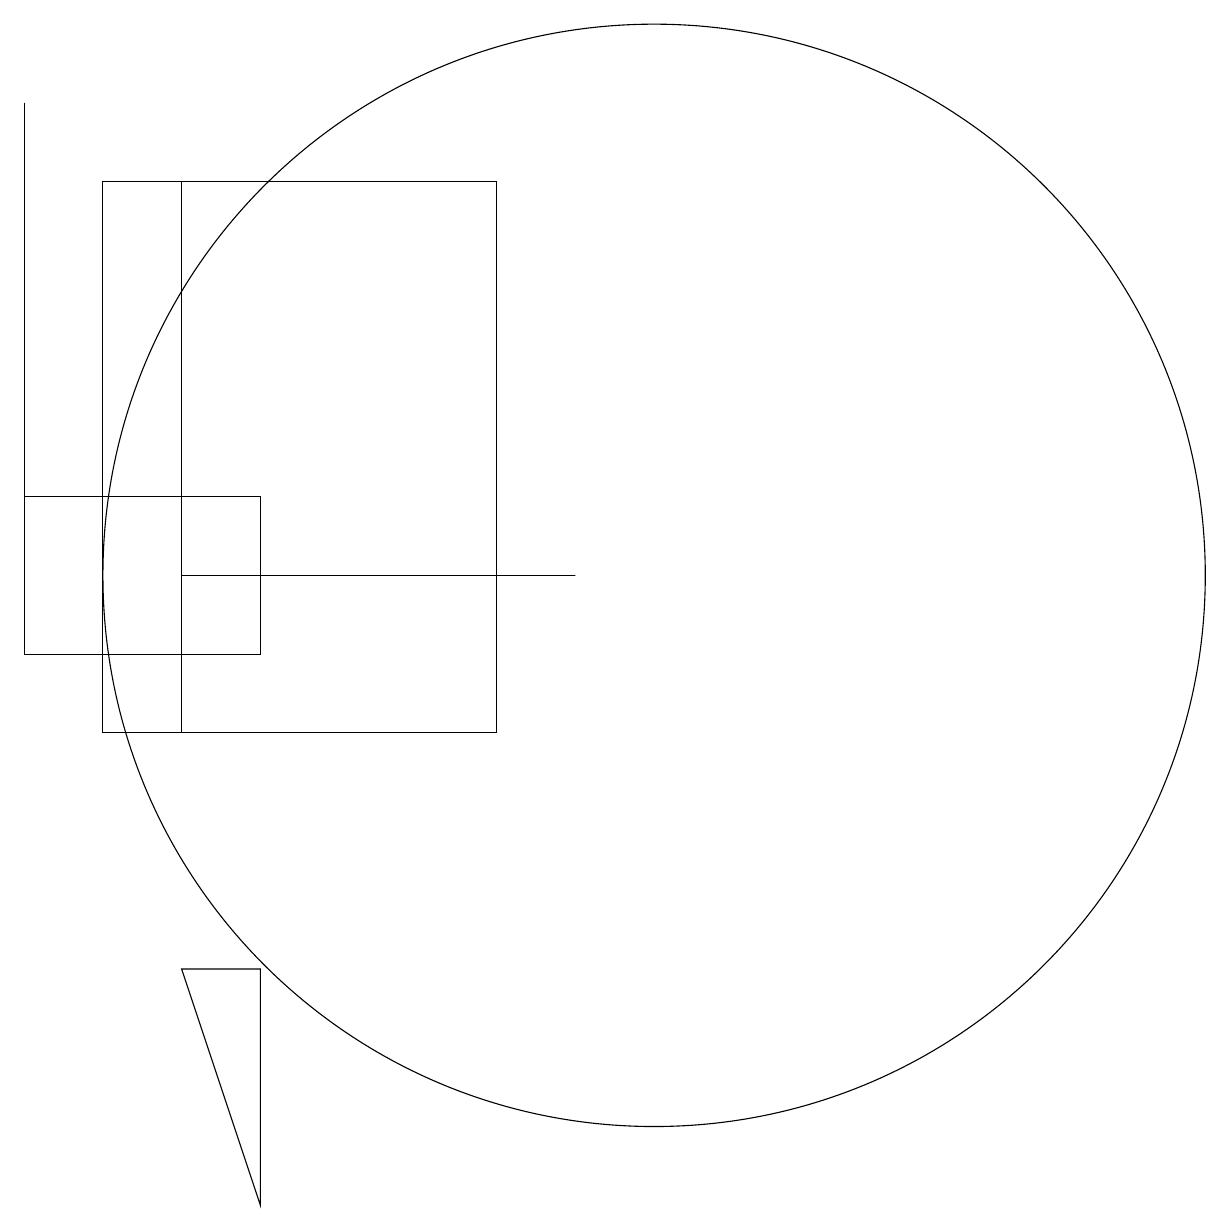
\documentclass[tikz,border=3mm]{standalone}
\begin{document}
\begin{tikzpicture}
\draw (4,12) rectangle (9,12);
\draw (10,12) circle (7);
\draw (2,11) rectangle (2,18);
\draw (5,7) -- (4,7) -- (5,4) -- cycle;
\draw (4,10) rectangle (4,17);
\draw (8,17) rectangle (3,10);
\draw (2,13) rectangle (5,11);
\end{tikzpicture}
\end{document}